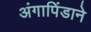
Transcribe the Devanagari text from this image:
अंगापिंडाने